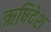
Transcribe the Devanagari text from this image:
ऋषिदेश